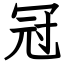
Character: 冠